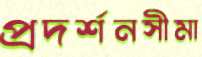
প্রদর্শনসীমা